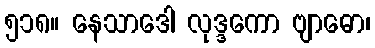
၅၁၈။ နေသာဒေါ လုဒ္ဒကော ဗျာဓော၊